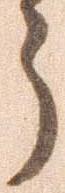
う